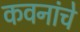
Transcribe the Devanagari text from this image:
कवनांचे